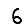
Digit: 6